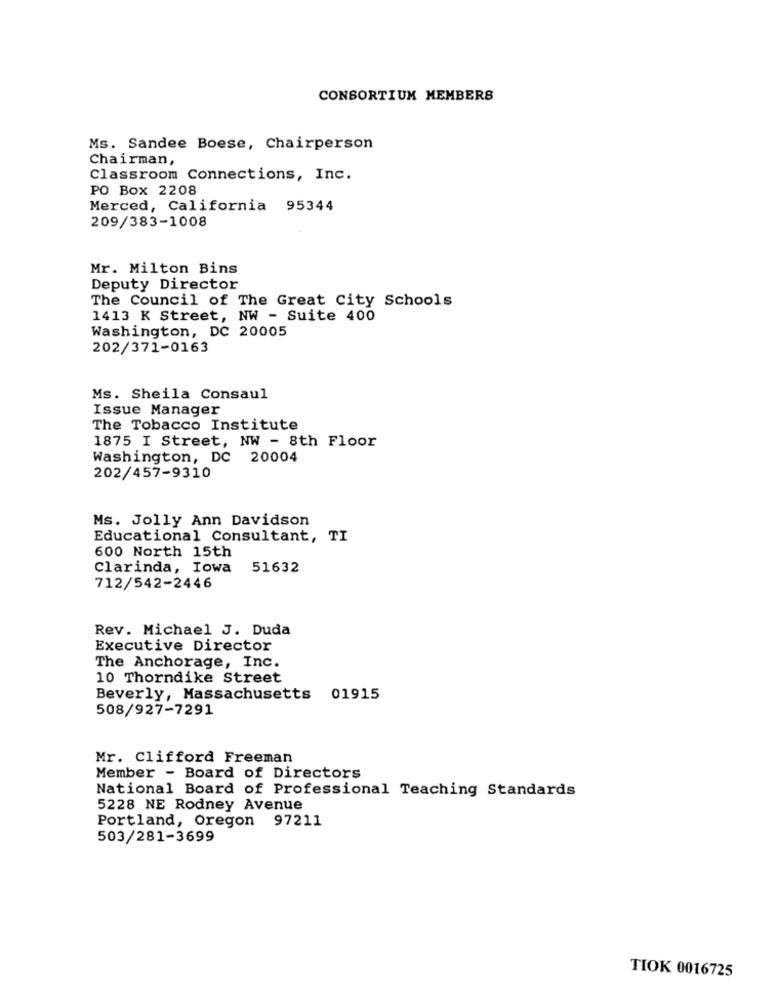
CONSORTIUM MEMBERS
Ms. Sandee Boese, Chairperson
Chairman,
Classroom Connections, Inc.
PO Box 2208
Merced, California 95344
209/383-1008
Mr. Milton Bins
Deputy Director
The Council of The Great City Schools
1413 K Street, NW - Suite 400
Washington, DC 20005
202/371-0163
Ms. Sheila Consaul
Issue Manager
The Tobacco Institute
1875 I Street, NW - 8th Floor
Washington, DC 20004
202/457-9310
Ms. Jolly Ann Davidson
Educational Consultant, TI
600 North 15th
Clarinda, Iowa
51632
712/542-2446
Rev. Michael J. Duda
Executive Director
The Anchorage, Inc.
10 Thorndike Street
Beverly, Massachusetts 01915
508/927-7291
Mr. Clifford Freeman
Member - Board of Directors
National Board of Professional Teaching Standards
5228 NE Rodney Avenue
Portland, Oregon 97211
503/281-3699
TIOK 0016725